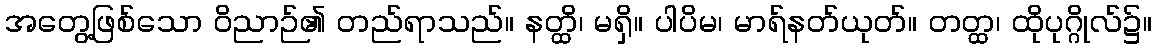
အတွေ့ဖြစ်သော ဝိညာဉ်၏ တည်ရာသည်။ နတ္ထိ၊ မရှိ။ ပါပိမ၊ မာရ်နတ်ယုတ်။ တတ္ထ၊ ထိုပုဂ္ဂိုလ်၌။